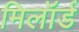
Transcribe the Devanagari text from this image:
मिलॉर्ड